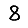
Digit: 8